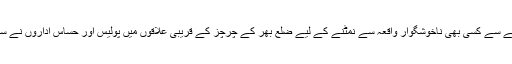
ایسٹر کے حوالے سے کسی بھی ناخوشگوار واقعہ سے نمٹنے کے لیے ضلع بھر کے چرچز کے قریبی علاقوں میں پولیس اور حساس اداروں نے سرچ اپریشن کیا۔